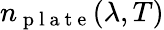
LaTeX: n_{\mathrm{~p~l~a~t~e~}}(\lambda,T)